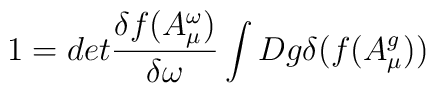
1 = det\frac{\delta f(A^{\omega}_{\mu})}{\delta \omega} \int Dg \delta(f(A^g_{\mu}))